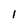
Character: 1